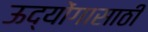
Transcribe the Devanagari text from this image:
ऊद्योंगासाठी